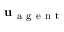
\mathbf { u } _ { \mathrm { ~ a ~ g ~ e ~ n ~ t ~ } }